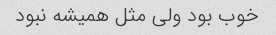
خوب بود ولی مثل همیشه نبود